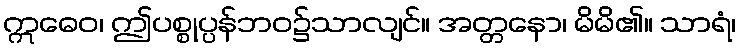
ဣဓေဝ၊ ဤပစ္စုပ္ပန်ဘဝ၌သာလျင်။ အတ္တနော၊ မိမိ၏။ သာရံ၊